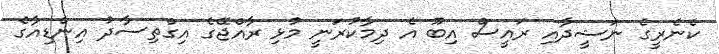
ކެނެރީގެ ނަޝީދާއި ރައީސް އިބޫ އެ ދިމާކުރަނީ މުޅި ރާއްޖޭގެ އިގްތިސާދު އިންޑިއާގެ